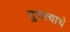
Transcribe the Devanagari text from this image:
दुभत्याचे